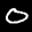
Label: 0